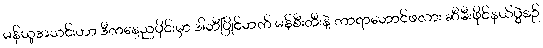
မန်ယူအသင်းဟာ ဒီကနေ့ညပိုင်းမှာ ဒါဘီပြိုင်ဘက် မန်စီးတီးနဲ့ ကာရာဘောင်ဖလား ဆီမီးဖိုင်နယ်ပွဲစဉ်